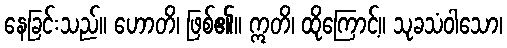
နေခြင်းသည်။ ဟောတိ၊ ဖြစ်၏။ ဣတိ၊ ထိုကြောင့်။ သုခသံဝါသော၊